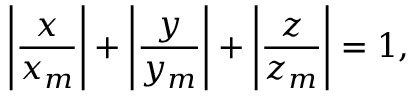
\left| { \frac { x } { x _ { m } } } \right| + \left| { \frac { y } { y _ { m } } } \right| + \left| { \frac { z } { z _ { m } } } \right| = 1 ,